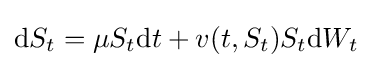
\mathrm {d} S_{t}=\mu S_{t}\mathrm {d} t+v(t,S_{t})S_{t}\mathrm {d} W_{t}